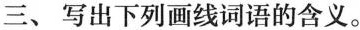
三、写出下列画线词语的含义。